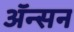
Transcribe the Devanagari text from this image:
ॲन्सन